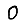
Digit: 0